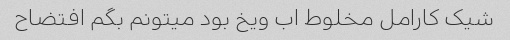
شیک کارامل مخلوط اب ویخ بود میتونم بگم افتضاح